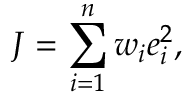
J = \sum _ { i = 1 } ^ { n } w _ { i } e _ { i } ^ { 2 } ,